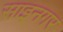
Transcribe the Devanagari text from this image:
साइनगर